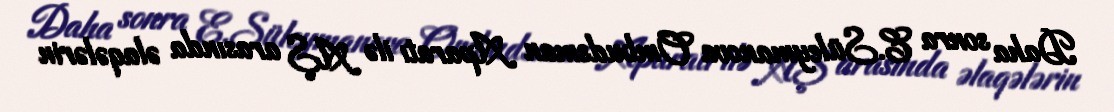
Daha sonra E.Süleymanova Ombudsman Aparatı ilə AŞ arasında əlaqələrin